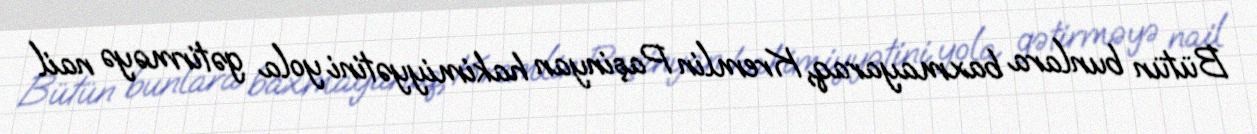
Bütün bunlara baxmayaraq, Kremlin Paşinyan hakimiyyətini yola gətirməyə nail